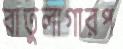
বাতুলাগারপ